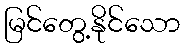
မြင်တွေ့နိုင်သော